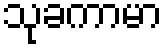
သုခကာမာ